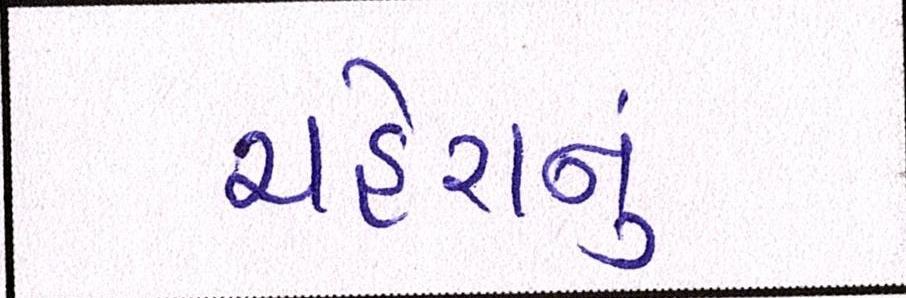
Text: ચહેરાનું